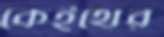
কেইথের